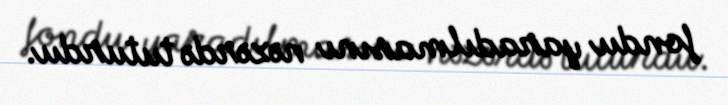
fondu yaradılmasını nəzərdə tuturdu.